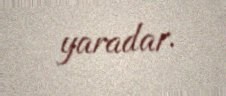
yaradar.